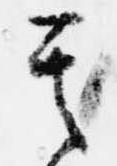
其